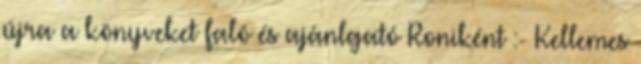
újra a könyveket faló és ajánlgató Roniként :- Kellemes